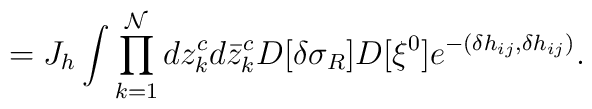
=J_h \int \prod_{k=1}^{\cal N} dz^c_k d \bar z^c_k  D[\delta\sigma_R]D[\xi^0] e^{-( \delta h_{ij}, \delta h_{ij} ) }.